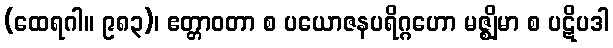
(ထေရဂါ။ ၉၈၃)၊ ဧတ္တာဝတာ စ ပယောဇနပရိဂ္ဂဟော မဇ္ဈိမာ စ ပဋိပဒါ